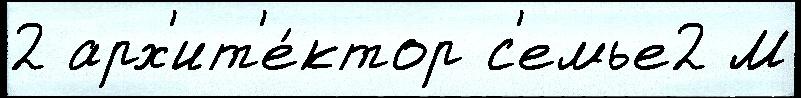
2 арх'ит'е́ктор с'емье2 М